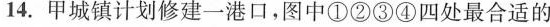
14. 甲城镇计划修建一港口，图中①②③④四处最合适的